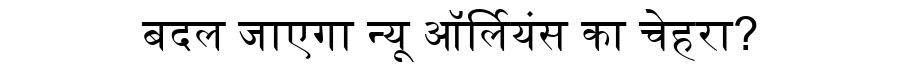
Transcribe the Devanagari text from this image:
बदल जाएगा न्यू ऑर्लियंस का चेहरा?